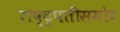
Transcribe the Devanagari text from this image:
राष्ट्रपतींसमोर